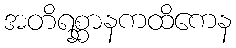
အတိရစ္ဆာနကထိကေန